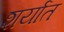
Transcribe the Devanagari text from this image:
शर्यात